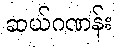
ဆယ်ဂဏန်း